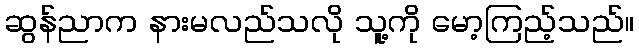
ဆွန်ညာက နားမလည်သလို သူ့ကို မော့ကြည့်သည်။